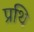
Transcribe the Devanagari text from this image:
प्रथि